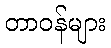
တာဝန်များ